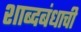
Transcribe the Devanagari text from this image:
शाब्दबंधाची